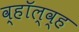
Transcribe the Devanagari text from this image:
व्हॉल्व्ह